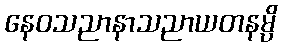
နေဝသညာနာသညာယတနမ္ပိ